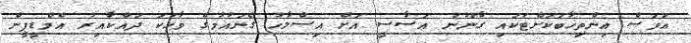
އަވަސް އިންތިޚާބަކަށްޓަކައި ގާނޫނު އަސާސީ އަށް އިސްލާހު ގެނައުމުގެ ވާހަކަ ދައްކާއިރު އެމްޑީޕީން